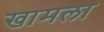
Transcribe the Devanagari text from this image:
खामला